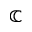
\mathbb { C }